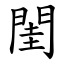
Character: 閨